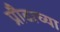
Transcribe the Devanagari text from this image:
प्रौढाच्या